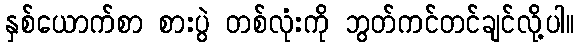
နှစ်ယောက်စာ စားပွဲ တစ်လုံးကို ဘွတ်ကင်တင်ချင်လို့ပါ။